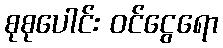
စုစုပေါင်း ဝင်ငွေရော